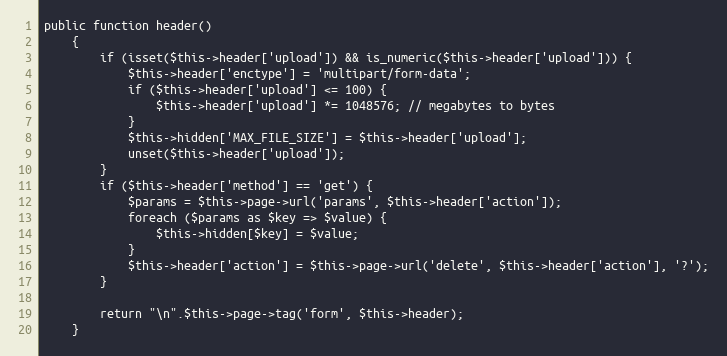
Language: PHP
public function header()
    {
        if (isset($this->header['upload']) && is_numeric($this->header['upload'])) {
            $this->header['enctype'] = 'multipart/form-data';
            if ($this->header['upload'] <= 100) {
                $this->header['upload'] *= 1048576; // megabytes to bytes
            }
            $this->hidden['MAX_FILE_SIZE'] = $this->header['upload'];
            unset($this->header['upload']);
        }
        if ($this->header['method'] == 'get') {
            $params = $this->page->url('params', $this->header['action']);
            foreach ($params as $key => $value) {
                $this->hidden[$key] = $value;
            }
            $this->header['action'] = $this->page->url('delete', $this->header['action'], '?');
        }

        return "\n".$this->page->tag('form', $this->header);
    }